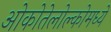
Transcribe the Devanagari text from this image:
ओकोतेलोल्कोमध्ये